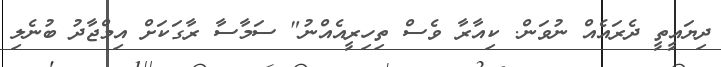
ދިޔައީތީ ދެރައެއް ނުވަން. ކިއާރާ ވެސް ތިހިރީއެއްނު" ސަމާސާ ރާގަކަށް އިމްޖާދު ބުނެލި